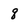
Character: q